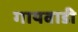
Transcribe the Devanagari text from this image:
गायवाडी